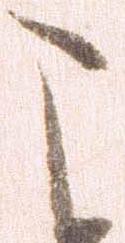
こ